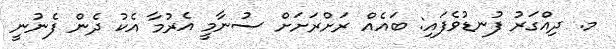
މ. ދިއްގަރު ފުނޑުވެފައި: ބައެއް ރަށްރަށަށް ސުނާމީ އެރުމާ އެކު ދެން ފެނުނީ